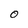
Character: O